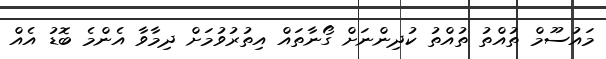
މައުސޫމް ތުއްތު ތުއްތު ކުދިންނަށް ގޯނާތައް އިތުރުވުމަށް ދިމާވާ އެންމެ ބޮޑު އެއް